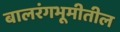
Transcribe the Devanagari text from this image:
बालरंगभूमीतील